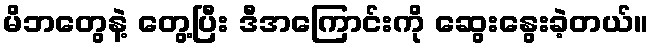
မိဘတွေနဲ့ တွေ့ပြီး ဒီအကြောင်းကို ဆွေးနွေးခဲ့တယ်။